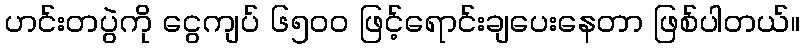
ဟင်းတပွဲကို ငွေကျပ် ၆၅၀၀ ဖြင့်ရောင်းချပေးနေတာ ဖြစ်ပါတယ်။